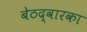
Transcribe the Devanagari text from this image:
बेठद्वारका